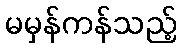
မမှန်ကန်သည့်